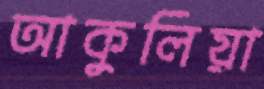
আকুলিয়া